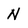
Character: N